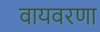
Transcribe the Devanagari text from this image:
वायवरणा